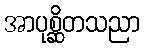
အာပုစ္ဆိတသညာ